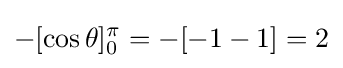
-[\cos \theta ]_{0}^{\pi }=-[-1-1]=2